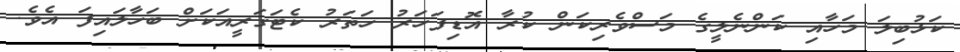
ކަޅުބިލަ މަހާއި ކަންނެލީގެ މަސްވެރިކަން ކުރާ އޮޑިފަހަރު ހަތަރު ކެޓަގަރީއަކަށް ބަހާލައިފަ އެވެ.